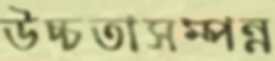
উচ্চতাসম্পন্ন